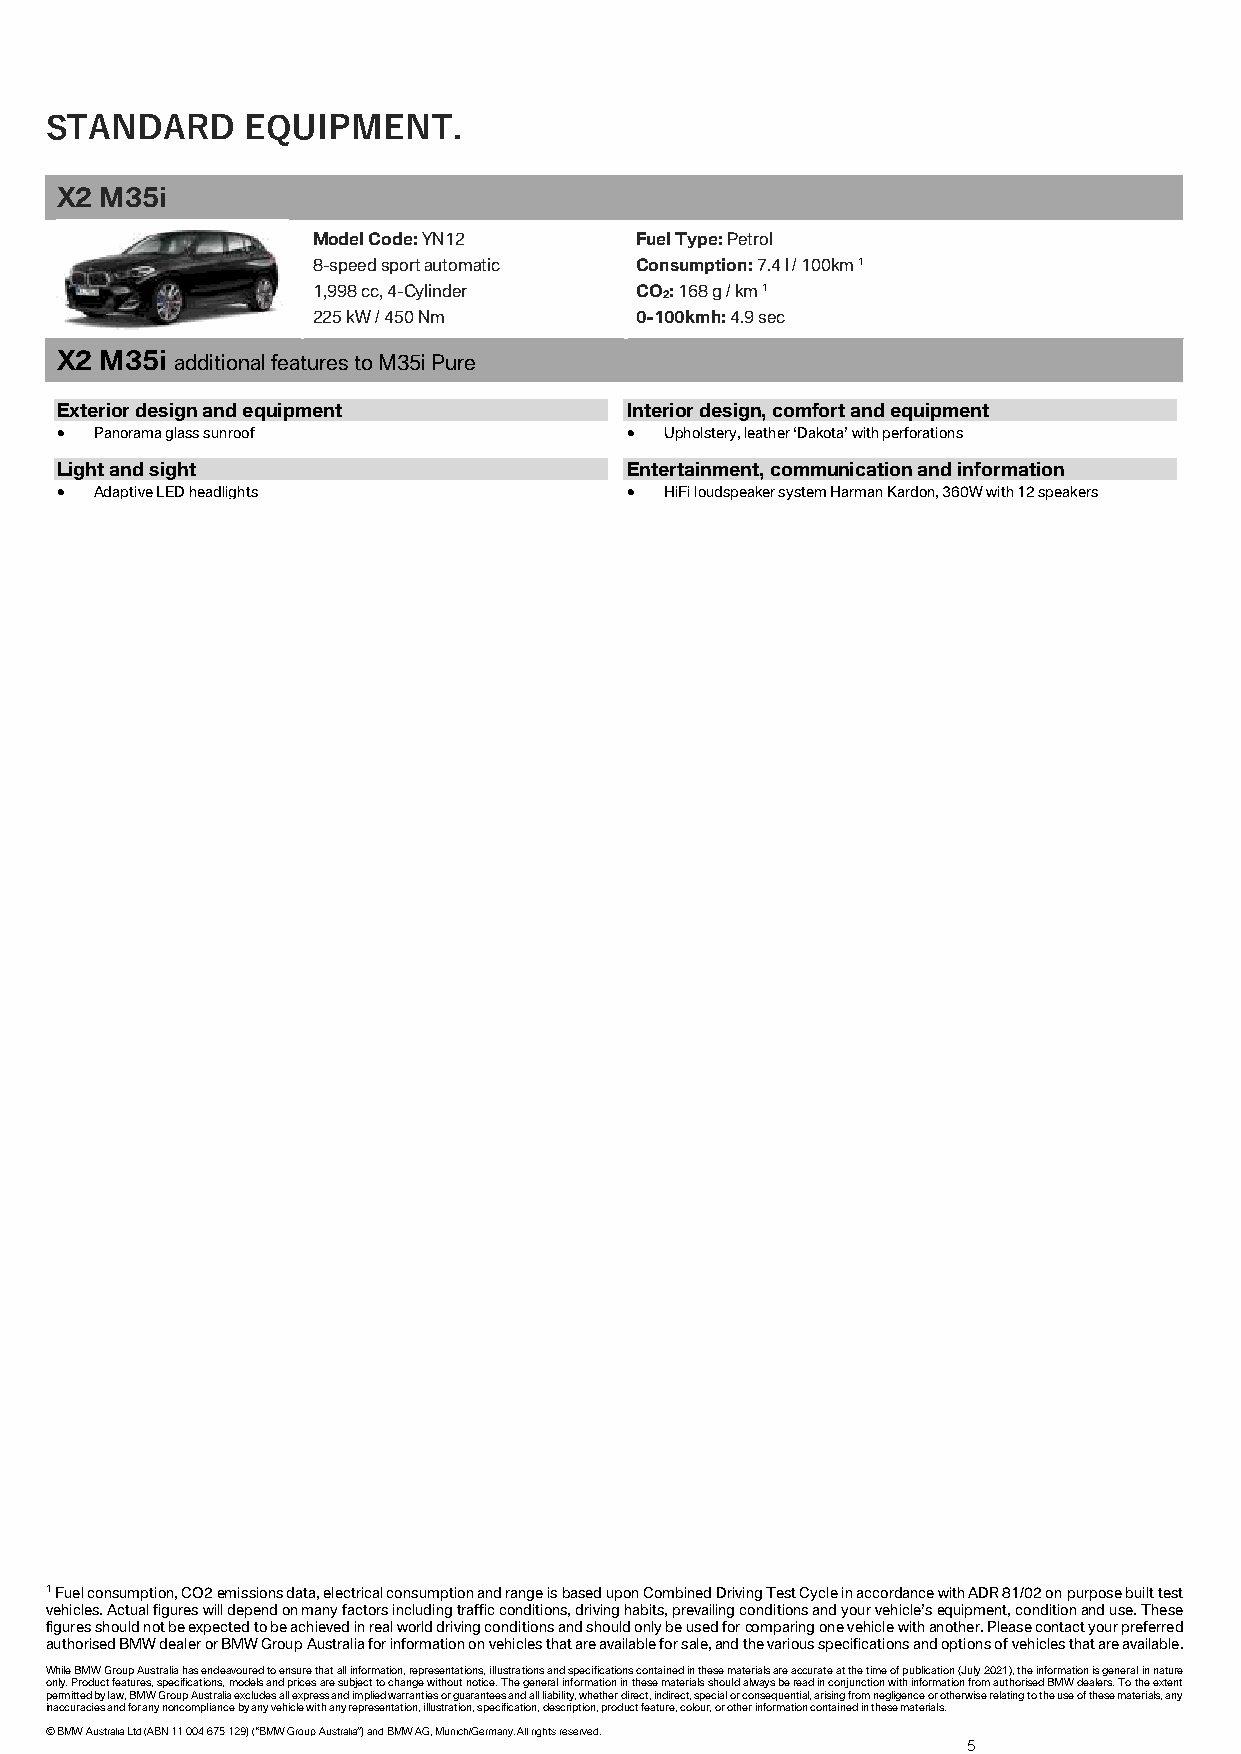
STANDARD     EQUIPMENT.
 X2 M35i
 Model Code: YN12     Fuel Type: Petrol
 8-speed sport automatic Consumption: 7.4 l / 100km 1
 1,998 cc, 4-Cylinder CO2: 168 g / km 1
 225 kW / 450 Nm      0-100kmh: 4.9 sec
 X2 M35i additional features to M35i Pure
 Exterior design and equipment        Interior design, comfort and equipment
 • Panorama glass sunroof             •  Upholstery, leather ‘Dakota’ with perforations
 Light and sight                      Entertainment, communication and information
 • Adaptive LED headlights            •  HiFi loudspeaker system Harman Kardon, 360W with 12 speakers
 1 Fuel consumption, CO2 emissions data, electrical consumption and range is based upon Combined Driving Test Cycle in accordance with ADR 81/02 on purpose built test
 vehicles. Actual figures will depend on many factors including traffic conditions, driving habits, prevailing conditions and your vehicle’s equipment, condition and use. These
 figures should not be expected to be achieved in real world driving conditions and should only be used for comparing one vehicle with another. Please contact your preferred
 authorised BMW dealer or BMW Group Australia for information on vehicles that are available for sale, and the various specifications and options of vehicles that are available.
 While BMW Group Australia has endeavoured to ensure that all information, representations, illustrations and specifications contained in these materials are accurate at the time of publication (July 2021), the information is general in nature
 only. Product features, specifications, models and prices are subject to change without notice. The general information in these materials should always be read in conjunction with information from authorised BMW dealers. To the extent
 permitted by law, BMW Group Australia excludes all express and implied warranties or guarantees and all liability, whether direct, indirect, special or consequential, arising from negligence or otherwise relating to the use of these materials, any
 inaccuracies and for any noncompliance by any vehicle with any representation, illustration, specification, description, product feature, colour, or other information contained in these materials.
 © BMW Australia Ltd (ABN 11 004 675 129) (“BMW Group Australia”) and BMW AG, Munich/Germany. All rights reserved.
 5